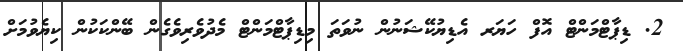
2. ޑިޕާޓްމަންޓް އޮފް ހަޔަރ އެޑިޔުކޭޝަނުން ނުވަތަ މިޑިޕާޓްމަންޓް މެދުވެރިވެގެން ބޭންކަކުން ކިޔެވުމަށް